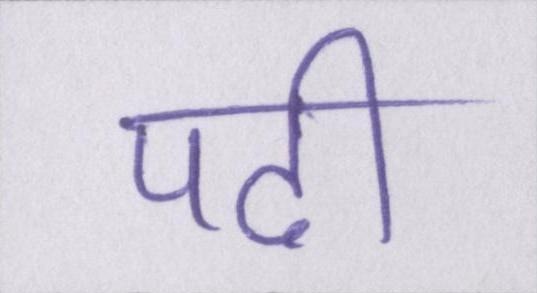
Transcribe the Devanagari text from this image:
पढी